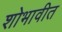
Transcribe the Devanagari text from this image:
शोभावीत